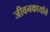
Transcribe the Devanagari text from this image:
जीवनकार्याने